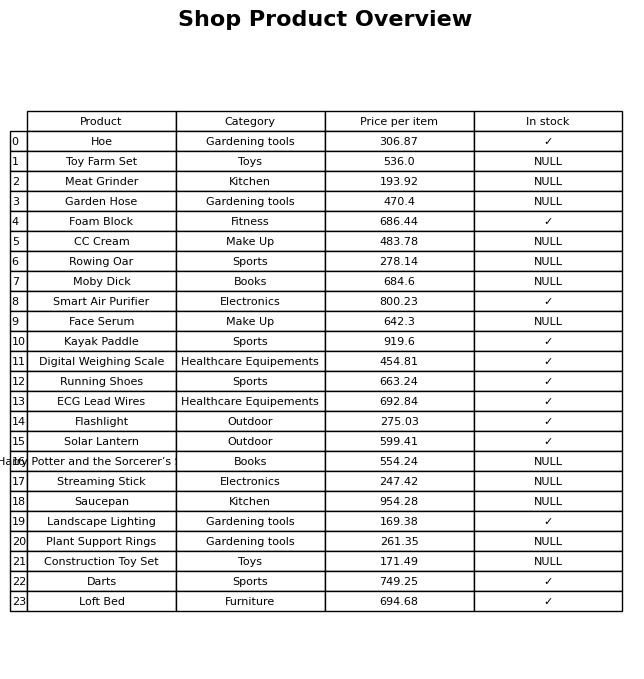
question: What is the price for Smart Air Purifier?
answer: The price of Smart Air Purifier is 800.23.